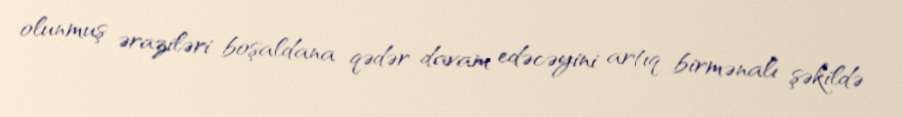
olunmuş əraziləri boşaldana qədər davam edəcəyini artıq birmənalı şəkildə